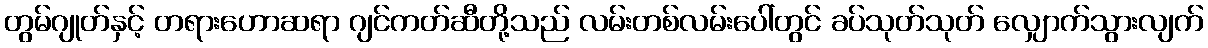
တွမ်ဂျုတ်နှင့် တရားဟောဆရာ ဂျင်ကတ်ဆီတို့သည် လမ်းတစ်လမ်းပေါ်တွင် ခပ်သုတ်သုတ် လျှောက်သွားလျက်